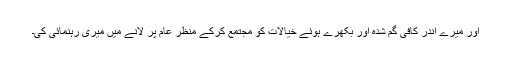
اور میرے اندر کافی گُم شدہ اور بکھرے ہوئے خیالات کو مجتمع کرکے منظرِ عام پر لانے میں میری رہنمائی کی۔